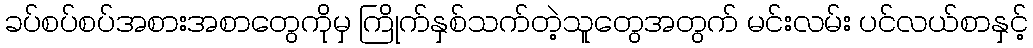
ခပ်စပ်စပ်အစားအစာတွေကိုမှ ကြိုက်နှစ်သက်တဲ့သူတွေအတွက် မင်းလမ်း ပင်လယ်စာနှင့်